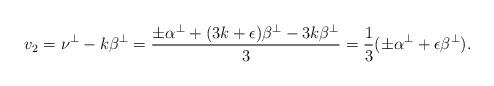
LaTeX: \begin{align*}v_2=\nu^\perp-k\beta^\perp=\frac{\pm\alpha^\perp+(3k+\epsilon)\beta^\perp-3k\beta^\perp}{3}=\frac{1}{3}(\pm\alpha^\perp+\epsilon\beta^\perp).\end{align*}